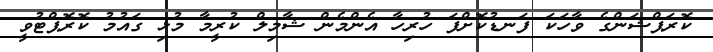
ކޮރަޕްޝަންގެ ވާހަކަ ފަނޑުކޮށްފަ ހުރިހާ އެންމެން ޝާމިލް ކުރީމާ މުޅި ގައުމު ކޮރޮޕްޓުވީ